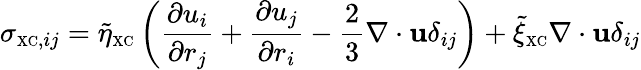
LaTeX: \sigma_{{\scriptscriptstyle\mathrm{XC}},ij}=\tilde{\eta}_{\scriptscriptstyle\mathrm{XC}}\left(\frac{\partial u_{i}}{\partial r_{j}}+\frac{\partial u_{j}}{\partial r_{i}}-\frac{2}{3}\nabla\cdot{\mathbf u}\delta_{ij}\right)+\tilde{\xi}_{\scriptscriptstyle\mathrm{XC}}\nabla\cdot{\mathbf u}\delta_{ij}